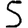
Digit: 5